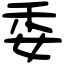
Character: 委